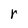
Character: r